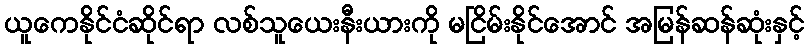
ယူကေနိုင်ငံဆိုင်ရာ လစ်သူယေးနီးယားကို မငြိမ်းနိုင်အောင် အမြန်ဆန်ဆုံးနှင့်